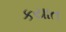
કયાત